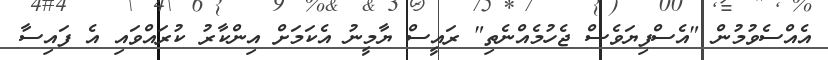
އެއްސެވުމުން "އެސްފިޔަވެސް ޖެހުމެއްނެތި" ރައީސް ޔާމީނު އެކަމަށް އިންކާރު ކުރައްވައި އެ ފައިސާ